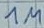
Text: 1M